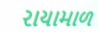
રાયામાળ